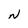
Character: N